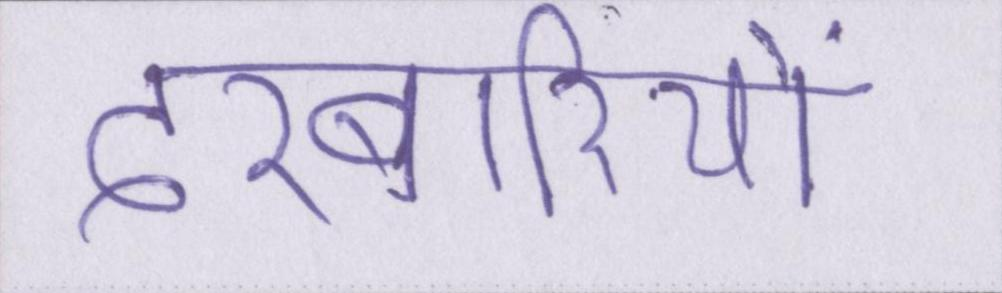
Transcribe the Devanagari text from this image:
दरबारियों